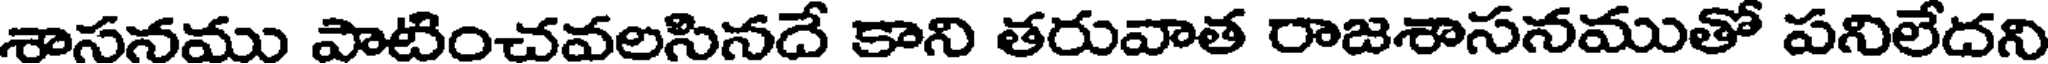
శాసనము పాటించవలసినదే కాని తరువాత రాజశాసనముతో పనిలేదని